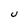
Character: U